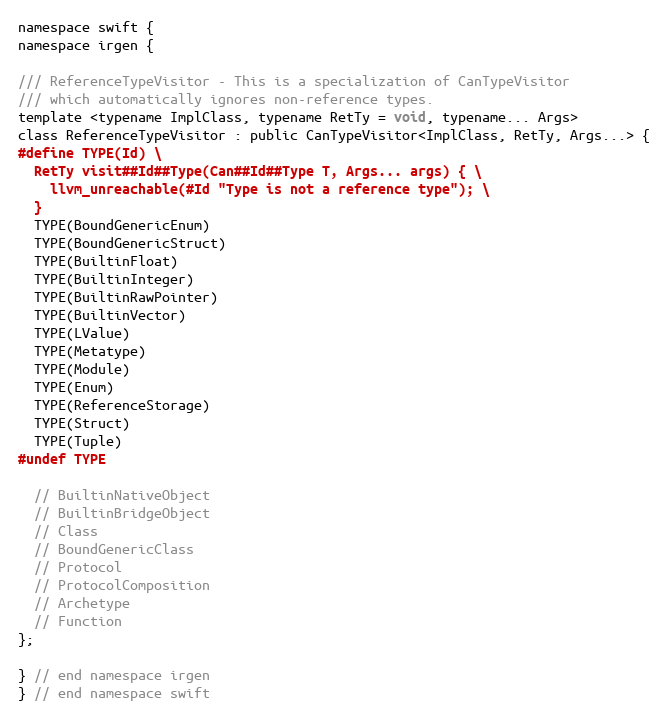
Language: C
namespace swift {
namespace irgen {

/// ReferenceTypeVisitor - This is a specialization of CanTypeVisitor
/// which automatically ignores non-reference types.
template <typename ImplClass, typename RetTy = void, typename... Args>
class ReferenceTypeVisitor : public CanTypeVisitor<ImplClass, RetTy, Args...> {
#define TYPE(Id) \
  RetTy visit##Id##Type(Can##Id##Type T, Args... args) { \
    llvm_unreachable(#Id "Type is not a reference type"); \
  }
  TYPE(BoundGenericEnum)
  TYPE(BoundGenericStruct)
  TYPE(BuiltinFloat)
  TYPE(BuiltinInteger)
  TYPE(BuiltinRawPointer)
  TYPE(BuiltinVector)
  TYPE(LValue)
  TYPE(Metatype)
  TYPE(Module)
  TYPE(Enum)
  TYPE(ReferenceStorage)
  TYPE(Struct)
  TYPE(Tuple)
#undef TYPE

  // BuiltinNativeObject
  // BuiltinBridgeObject
  // Class
  // BoundGenericClass
  // Protocol
  // ProtocolComposition
  // Archetype
  // Function
};

} // end namespace irgen
} // end namespace swift